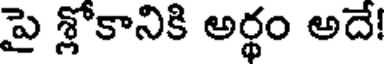
పై శ్లోకానికి అర్థం అదే!